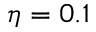
\eta = 0 . 1